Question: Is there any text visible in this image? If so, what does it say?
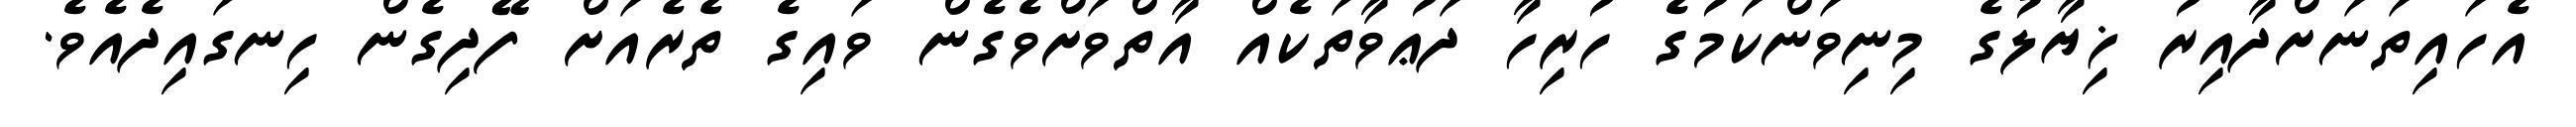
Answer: އެހައިތަނަށްދާއިރު ޚިޔާލުގެ މިނިވަންކަމުގެ ހުރިހާ ދަޢުވާތަކެއް އާތްވަށްވެގެން ވައިގެ ތެރެއަށް ފޭދިގެން ހިނގައިދެއެވެ.